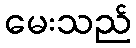
မေးသည်